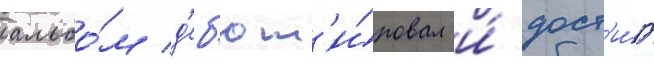
альбо́м д'еб'ют'и́ровал и́ дост'и́г